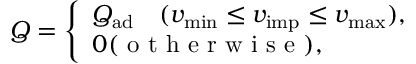
\begin{array} { r } { Q = \left\{ \begin{array} { l } { Q _ { \mathrm { a d } } \quad \hfill ( v _ { \mathrm { m i n } } \leq v _ { \mathrm { i m p } } \leq v _ { \mathrm { m a x } } ) , } \\ { 0 \hfill ( \mathrm { ~ o ~ t ~ h ~ e ~ r ~ w ~ i ~ s ~ e ~ } ) , } \end{array} \right. } \end{array}